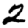
Digit: 2